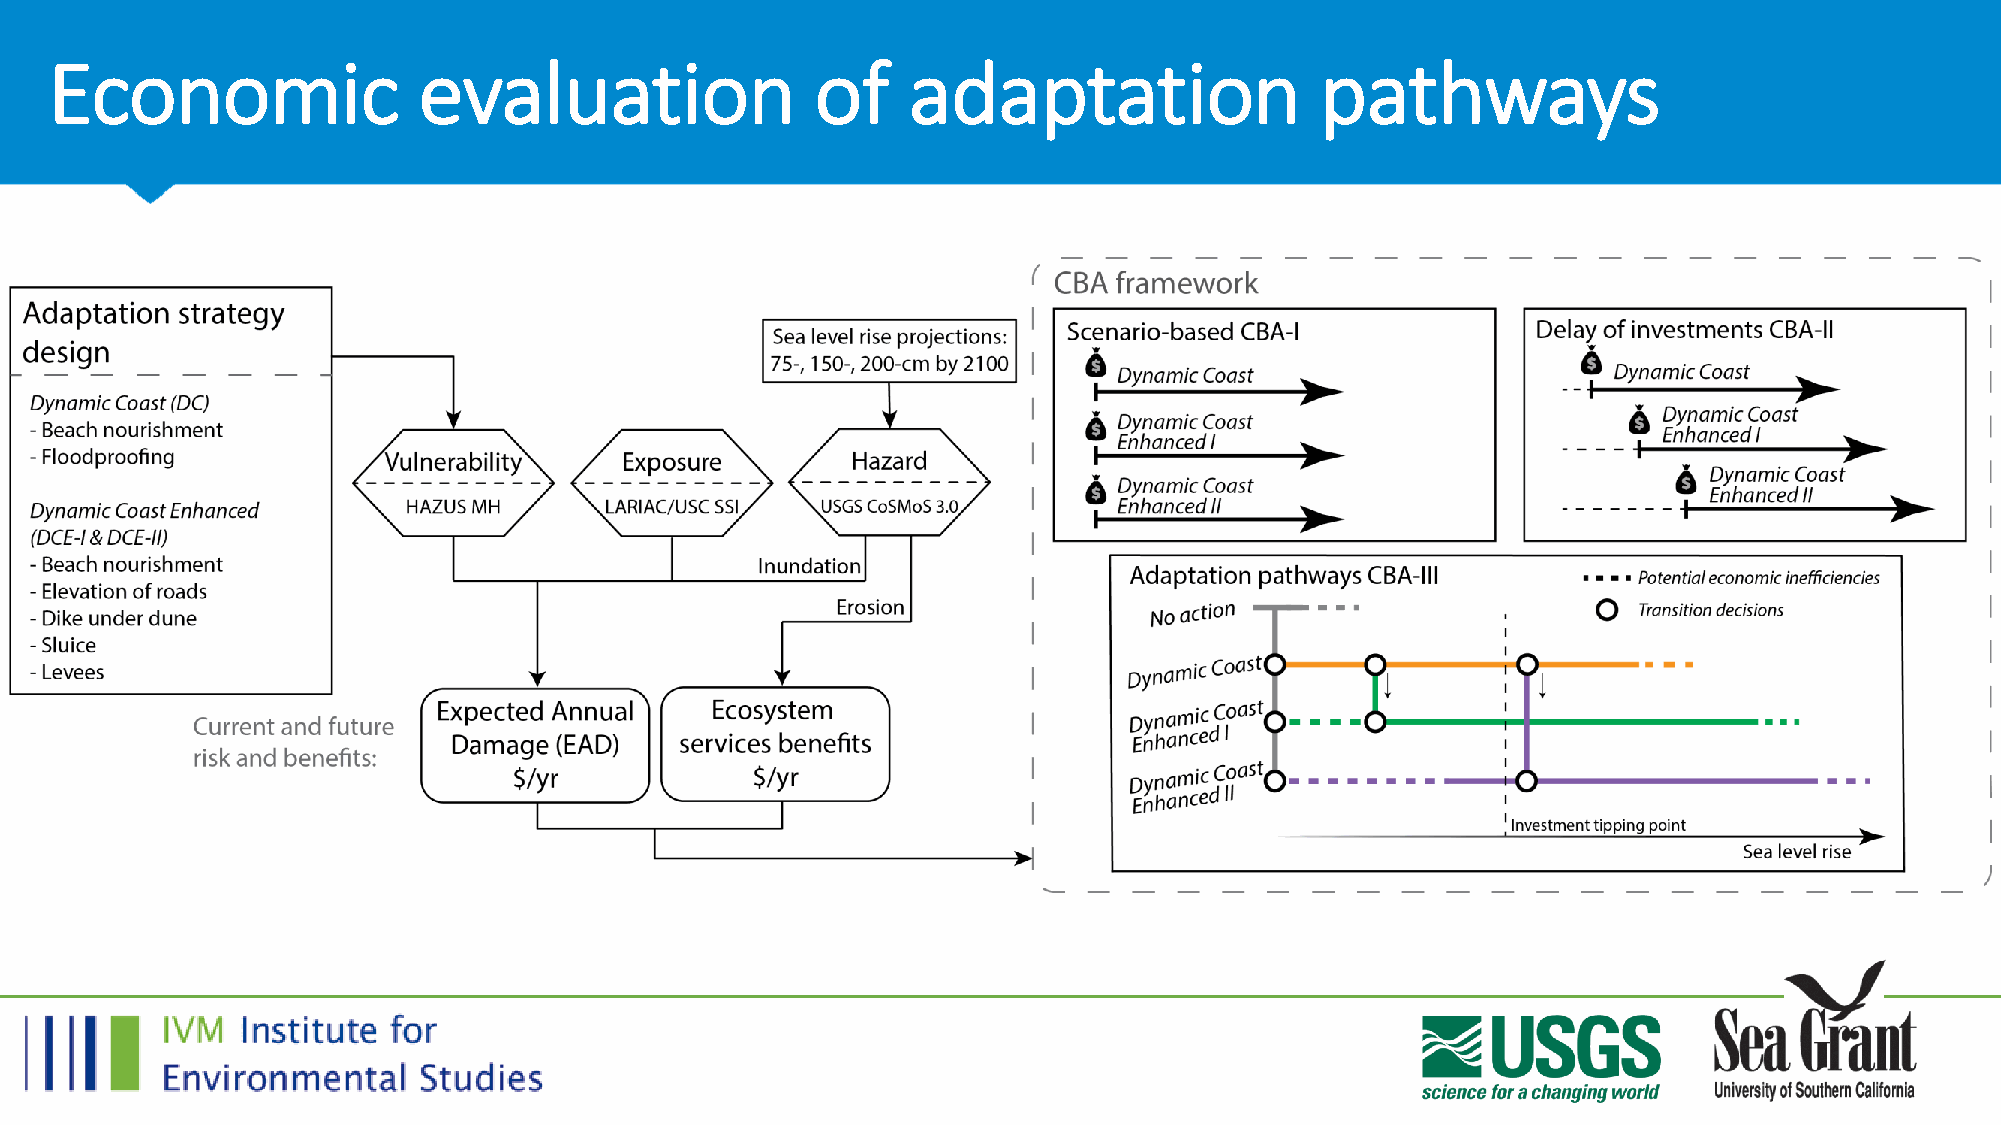
Economic                 evaluation                of    adaptation                 pathways